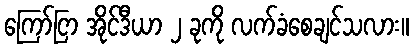
ကြော်ငြာ အိုင်ဒီယာ ၂ ခုကို လက်ခံစေချင်သလား။